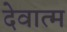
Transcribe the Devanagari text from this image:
देवात्म